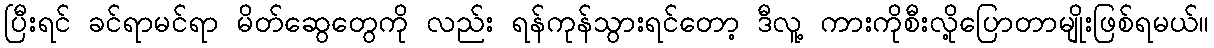
ပြီးရင် ခင်ရာမင်ရာ မိတ်ဆွေတွေကို လည်း ရန်ကုန်သွားရင်တော့ ဒီလူ့ ကားကိုစီးလို့ပြောတာမျိုးဖြစ်ရမယ်။